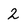
Character: 2